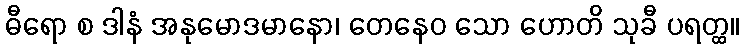
ဓီရော စ ဒါနံ အနုမောဒမာနော၊ တေနေဝ သော ဟောတိ သုခီ ပရတ္ထ။